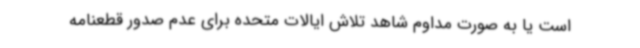
است یا به صورت مداوم شاهد تلاش ایالات متحده برای عدم صدور قطعنامه